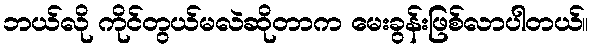
ဘယ်လို ကိုင်တွယ်မလဲဆိုတာက မေးခွန်းဖြစ်လာပါတယ်။